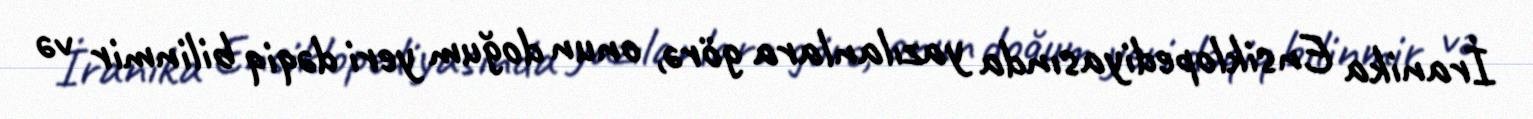
İranika Ensiklopediyasında yazılanlara görə, onun doğum yeri dəqiq bilinmir və